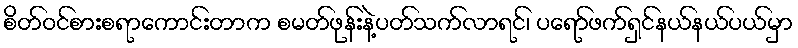
စိတ်ဝင်စားစရာကောင်းတာက စမတ်ဖုန်းနဲ့ပတ်သက်လာရင်၊ ပရော်ဖက်ရှင်နယ်နယ်ပယ်မှာ